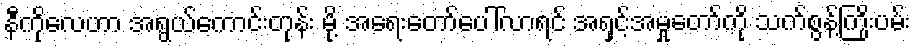
နီကိုလေဟာ အရွယ်ကောင်းတုန်း မို့ အရေးတော်ပေါ်လာရင် အရှင့်အမှုတော်ကို သက်စွန့်ကြိုးပမ်း